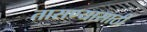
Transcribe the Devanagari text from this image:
तासण्यासाठी